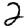
Digit: 2